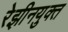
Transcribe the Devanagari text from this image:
रेझीनयुक्त